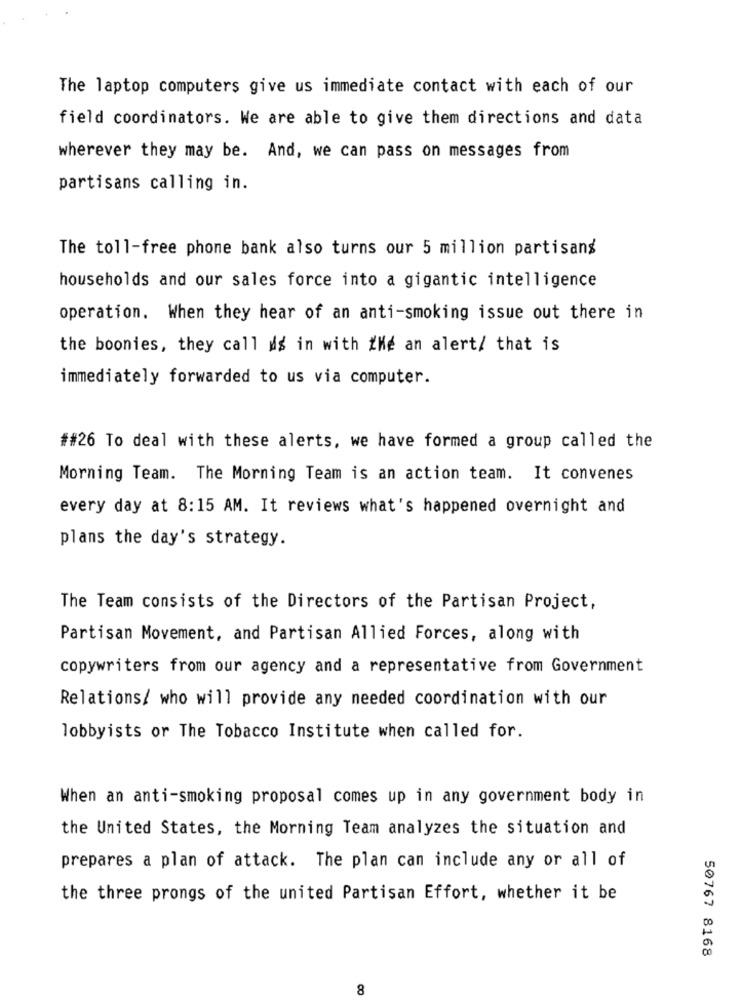
The laptop computers give us immediate contact with each of our
field coordinators. We are able to give them directions and data
wherever they may be. And, we can pass on messages from
partisans calling in.
The toll-free phone bank also turns our 5 million partisans
households and our sales force into a gigantic intelligence
operation. When they hear of an anti-smoking issue out there in
the boonies, they call as in with Me an alert/ that is
immediately forwarded to us via computer.
##26 To deal with these alerts, we have formed a group called the
Morning Team. The Morning Team is an action team. It convenes
every day at 8:15 AM. It reviews what's happened overnight and
plans the day's strategy.
The Team consists of the Directors of the Partisan Project,
Partisan Movement, and Partisan Allied Forces, along with
copywriters from our agency and a representative from Government
Relations/ who will provide any needed coordination with our
lobbyists or The Tobacco Institute when called for.
When an anti-smoking proposal comes up in any government body in
the United States, the Morning Team analyzes the situation and
prepares a plan of attack. The plan can include any or all of
the three prongs of the united Partisan Effort, whether it be
50767 8168
8